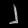
Digit: ၂